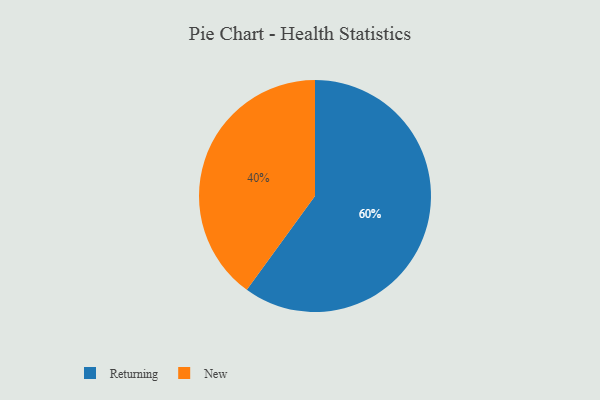
{"axis": {"x": "Category", "y": "Percentage"}, "legend": ["New", "Returning"], "data": [{"x": "Returning", "y": 60, "type": "Returning"}, {"x": "New", "y": 40, "type": "New"}]}